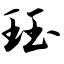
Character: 珏